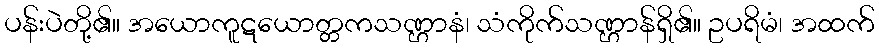
ပန်းပဲတို့၏။ အယောကူဋယောတ္တကသဏ္ဌာနံ၊ သံကိုက်သဏ္ဌာန်ရှိ၏။ ဥပရိမံ၊ အထက်